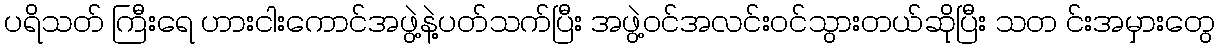
ပရိသတ် ကြီးရေ ဟားငါးကောင်အဖွဲ့နဲ့ပတ်သက်ပြီး အဖွဲ့ဝင်အလင်းဝင်သွားတယ်ဆိုပြီး သတ င်းအမှားတွေ